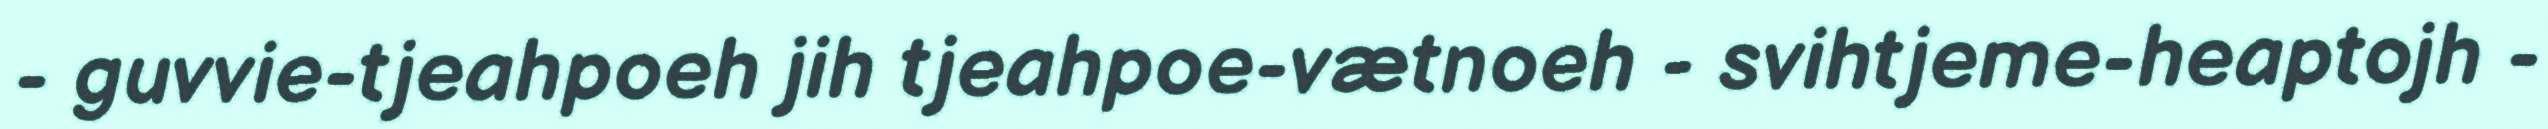
- guvvie-tjeahpoeh jih tjeahpoe-vætnoeh - svihtjeme-heaptojh -